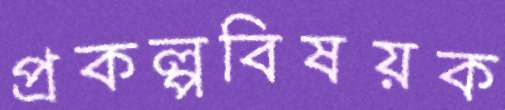
প্রকল্পবিষয়ক